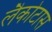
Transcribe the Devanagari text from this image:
लैकोटास